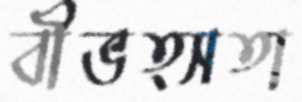
বীভত্সতা